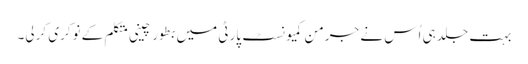
بہت جلد ہی اُس نے جرمن کمیونسٹ پارٹی میں بطور چینی متکلم کے نوکری کرلی۔